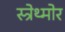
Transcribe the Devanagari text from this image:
स्त्रेथ्मोर